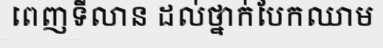
ពេញទីលាន ដល់ថ្នាក់បែកឈាម